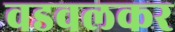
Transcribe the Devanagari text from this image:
वडवलकर